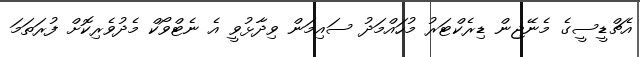
އެޗްޑީސީގެ މެނޭޖިން ޑިރެކްޓަރު މުހައްމަދު ސައިމަން ވިދާޅުވީ އެ ނެޓްވޯކް މެދުވެރިކޮށް ފުރަތަމަ